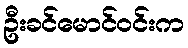
ဦးခင်မောင်ဝင်းက